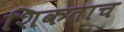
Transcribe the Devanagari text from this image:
शिकताच